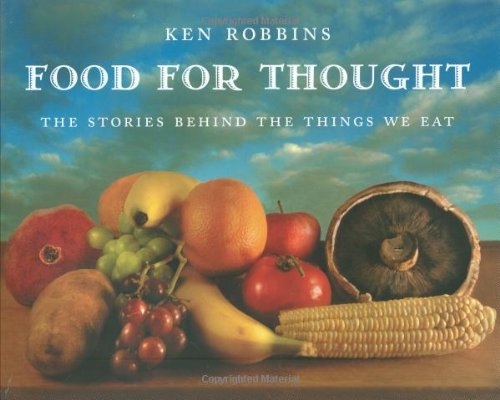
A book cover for Food For Thought: The Stories Behind the Things We Eat; Ken Robbins; Children's Books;